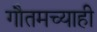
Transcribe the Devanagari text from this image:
गौतमच्याही